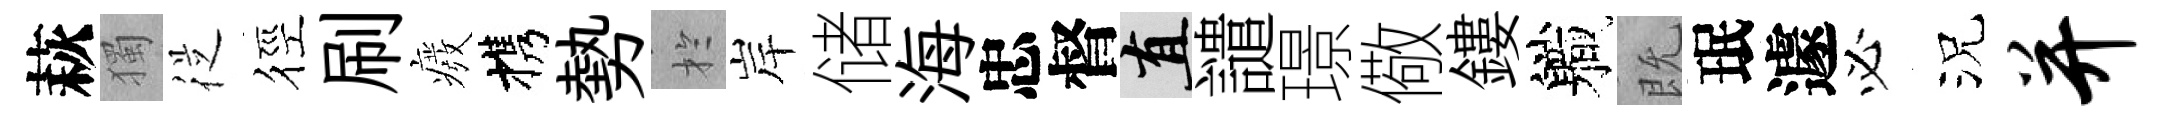
萩獨従徑刷癈携勢扵岸储海忠督直譴璟儆鏤軄既珉遽必況并